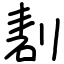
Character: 剨